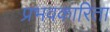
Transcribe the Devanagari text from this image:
प्रभवकारिता